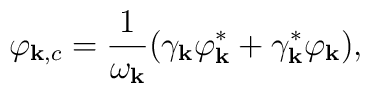
\varphi_{{\bf k}, c} = \frac{1}{\omega_{\bf k}}( \gamma_{\bf k} \varphi_{\bf k}^*+ \gamma_{\bf k}^* \varphi_{\bf k}  ),